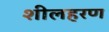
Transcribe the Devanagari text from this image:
शीलहरण